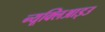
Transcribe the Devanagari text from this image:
न्यूक्लिआइउ